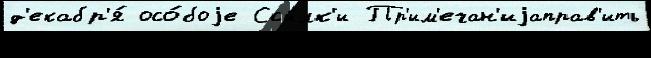
д'екабр'я́ осо́боjе Ссы́лк'и Пр'им'ечан'иjаправ'ить